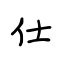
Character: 仕